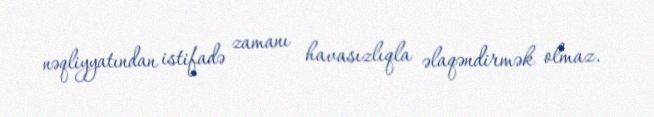
nəqliyyatından istifadə zamanı havasızlıqla əlaqəndirmək olmaz.